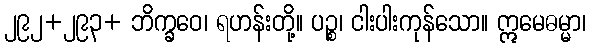
၂၉၂+၂၉၃+ ဘိက္ခဝေ၊ ရဟန်းတို့။ ပဉ္စ၊ ငါးပါးကုန်သော။ ဣမေဓမ္မာ၊